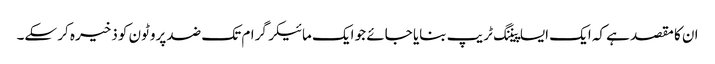
ان کا مقصد ہے کہ ایک ایسا پیننگ ٹریپ بنایا جائے جو ایک مائیکرگرام تک ضد پروٹون کو ذخیرہ کر سکے۔